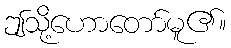
ဤသို့ဟောတော်မူ၏။